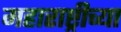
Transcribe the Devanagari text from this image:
महाराष्ट्रीच्या